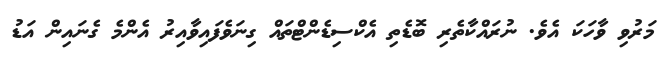
މަރުވި ވާހަކަ އެވެ. ނުރައްކާތެރި ބޮޑެތި އެކްސިޑެންޓްތައް ގިނަވެފައިވާއިރު އެންމެ ގެނައިން އަޑު